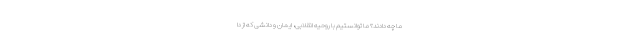
ما چه دادند؟ ما توانستیم با روحیه انقلابی، ایمان و دانشی که از دا